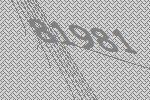
81981